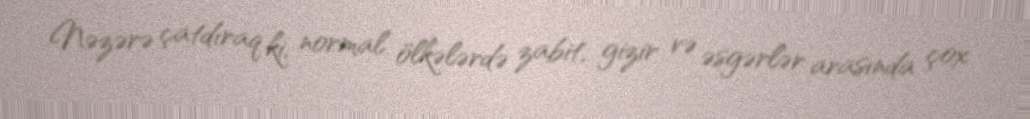
Nəzərə çatdıraq ki, normal ölkələrdə zabit, gizir və əsgərlər arasında çox